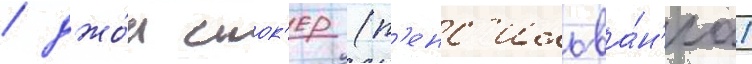
/ джо́н сток'ер (п'енс'ильва́н'иа)